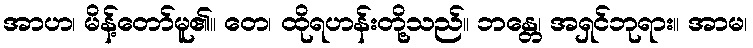
အာဟ၊ မိန့်တော်မူ၏။ တေ၊ ထိုရဟန်းတို့သည်။ ဘန္တေ၊ အရှင်ဘုရား။ အာမ၊